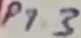
Text: P1.3